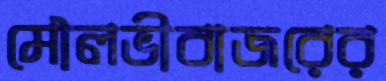
মৌলভীবাজরের